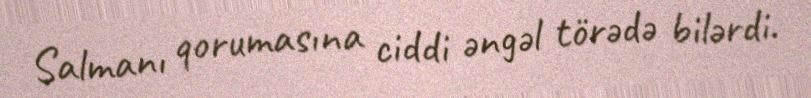
Salmanı qorumasına ciddi əngəl törədə bilərdi.